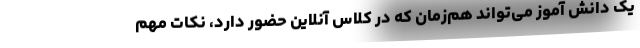
یک دانش آموز می‌تواند هم‌زمان که در کلاس آنلاین حضور دارد، نکات مهم